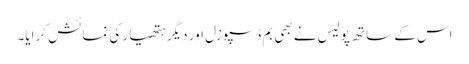
اس کے ساتھ پولیس نے بھی بم ڈسپوزل اور دیگر ہتھیار کی نمائش کرایا۔